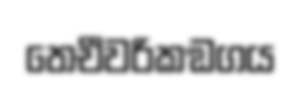
තෙචීවරිකඞගය